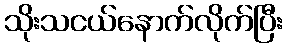
သိုးသငယ်နောက်လိုက်ပြီး